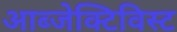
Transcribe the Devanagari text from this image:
आब्जेक्टिविस्ट